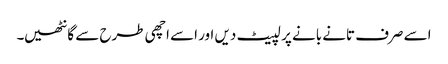
اسے صرف تانے بانے پر لپیٹ دیں اور اسے اچھی طرح سے گانٹھیں۔